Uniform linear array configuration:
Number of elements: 32
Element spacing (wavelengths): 0.5
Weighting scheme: binomial
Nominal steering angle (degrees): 30
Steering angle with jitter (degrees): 30.862
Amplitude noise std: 0.05
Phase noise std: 0.05

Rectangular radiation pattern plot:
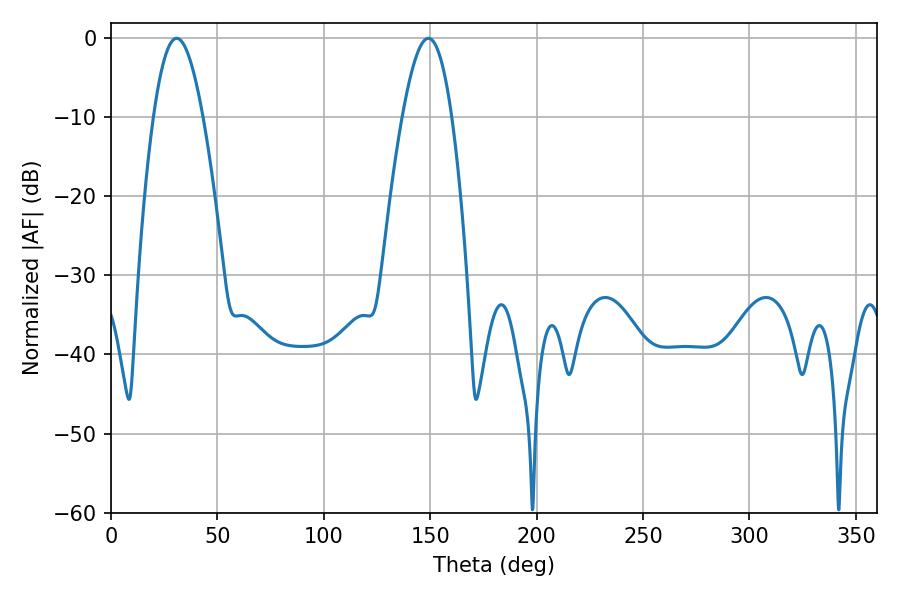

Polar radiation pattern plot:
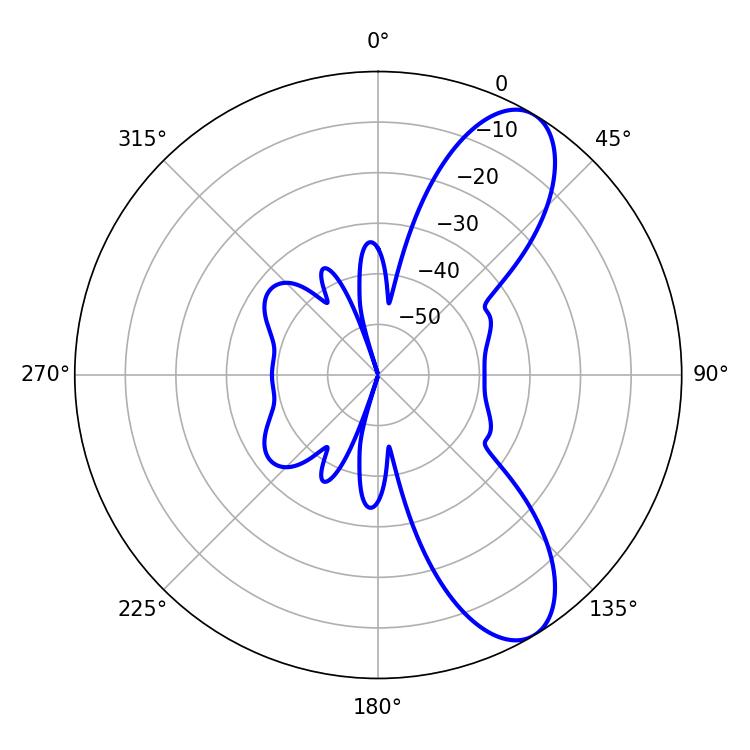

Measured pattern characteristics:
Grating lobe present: FALSE
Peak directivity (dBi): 9.106
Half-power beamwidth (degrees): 12.6
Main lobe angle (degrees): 30.78